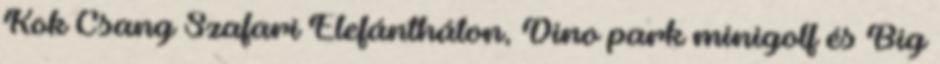
Kok Csang Szafari Elefántháton, Dino park minigolf és Big